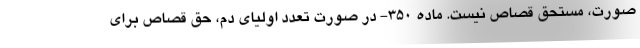
صورت، مستحق قصاص نیست. ماده ۳۵۰- در صورت تعدد اولیای دم، حق قصاص برای